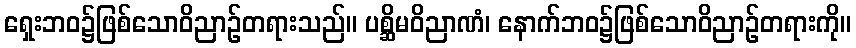
ရှေးဘဝ၌ဖြစ်သောဝိညာဉ်တရားသည်။ ပစ္ဆိမဝိညာဏံ၊ နောက်ဘဝ၌ဖြစ်သောဝိညာဉ်တရားကို။